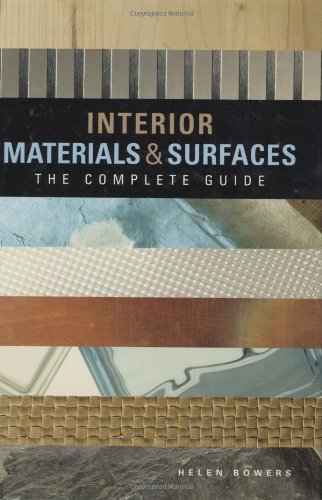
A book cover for Interior Materials and Surfaces: The Complete Guide; Helen Bowers; Arts & Photography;